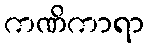
ကဏိကာရာ